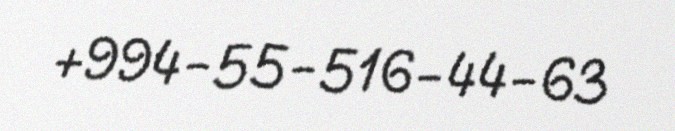
+994-55-516-44-63